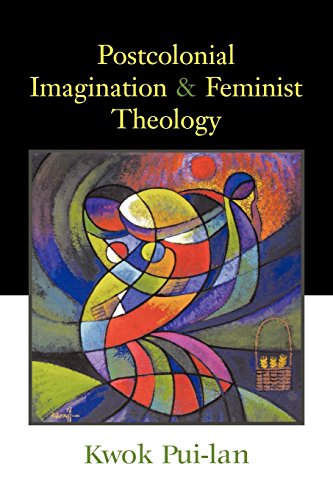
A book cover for Postcolonial Imagination and Feminist Theology; Kwok Pui-lan; Christian Books & Bibles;